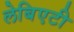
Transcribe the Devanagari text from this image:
लेबिएटी